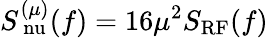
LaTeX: S_{\mathrm{\ nu}}^{(\mu)}(f)=16\mu^{2}S_{\mathrm{RF}}(f)